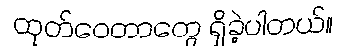
ထုတ်ဝေတာတွေ ရှိခဲ့ပါတယ်။